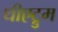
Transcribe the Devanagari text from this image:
थीएट्रुम